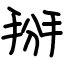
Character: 掰